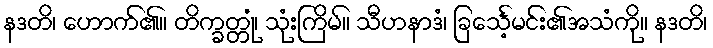
နဒတိ၊ ဟောက်၏။ တိက္ခတ္တုံ၊ သုံးကြိမ်။ သီဟနာဒံ၊ ခြင်္သေ့မင်း၏အသံကို။ နဒတိ၊